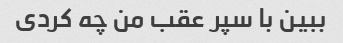
ببین با سپر عقب من چه کردی